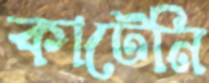
কাটেনি